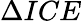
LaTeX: \Delta ICE